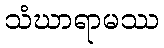
သံဃာရာမဿ